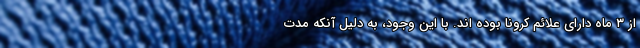
از ۳ ماه دارای علائم کرونا بوده اند. با این وجود، به دلیل آنکه مدت